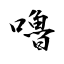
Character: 嚕